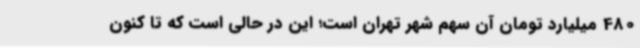
480 میلیارد تومان آن سهم شهر تهران است؛ این در حالی است که تا کنون